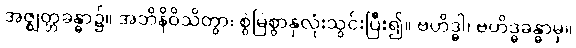
အဇ္ဈတ္တခန္ဓာ၌။ အဘိနိဝိသိတွာ၊ စွဲမြဲစွာနှလုံးသွင်းပြီး၍။ ဗဟိဒ္ဓါ၊ ဗဟိဒ္ဓခန္ဓာမှ။